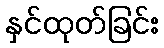
နှင်ထုတ်ခြင်း